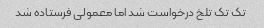
تک تک تلخ درخواست شد اما معمولی فرستاده شد